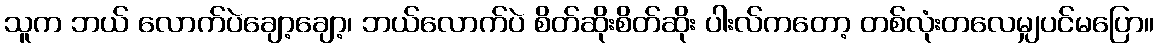
သူက ဘယ် လောက်ပဲချော့ချော့၊ ဘယ်လောက်ပဲ စိတ်ဆိုးစိတ်ဆိုး ပါးလ်ကတော့ တစ်လုံးတလေမျှပင်မပြော။